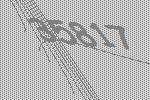
35817